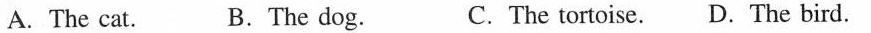
A. The cat. B. The dog. C. The tortoise. D. The bird.